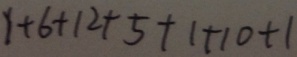
1 + 6 + 1 2 + 5 + 1 + 1 0 + 1